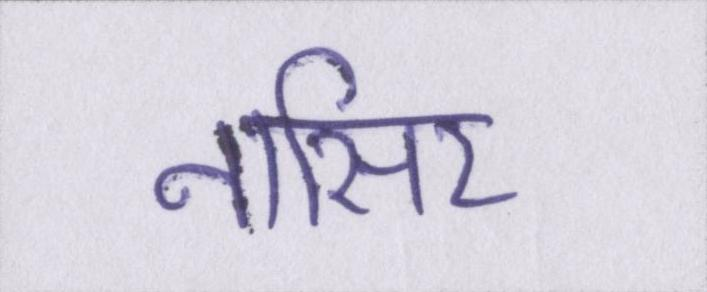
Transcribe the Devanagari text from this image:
नासिर